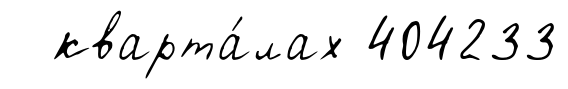
кварта́лах 404233